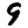
Digit: 9